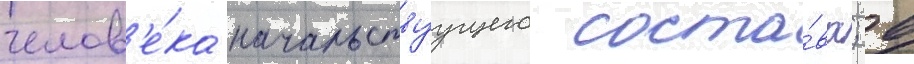
челов'е́ка начальствуущего соста́ва; в